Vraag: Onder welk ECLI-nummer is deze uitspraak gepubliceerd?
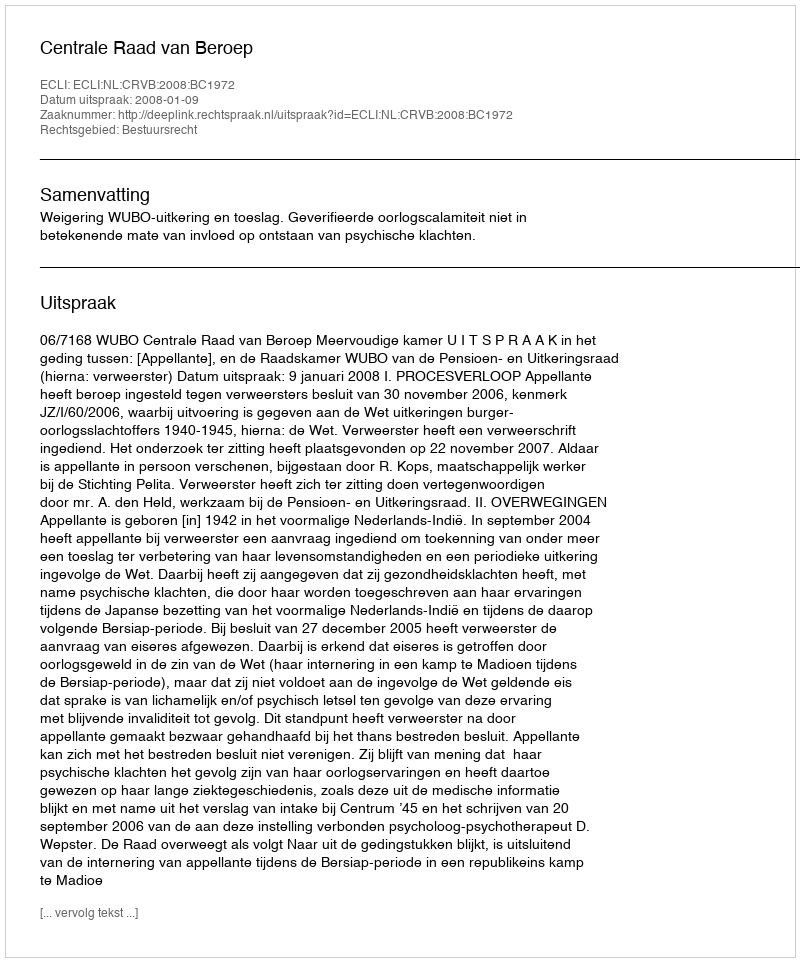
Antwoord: ECLI:NL:CRVB:2008:BC1972